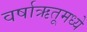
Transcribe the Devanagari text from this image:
वर्षाऋतूमध्ये